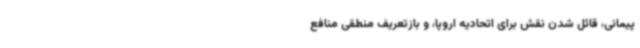
‌پیمانی، قائل شدن نقش برای اتحادیه اروپا، و بازتعریف منطقی منافع